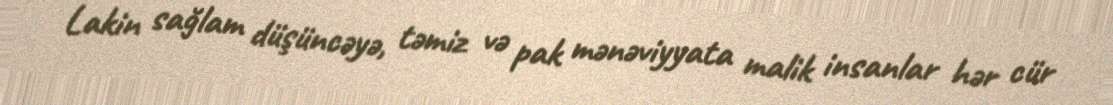
Lakin sağlam düşüncəyə, təmiz və pak mənəviyyata malik insanlar hər cür